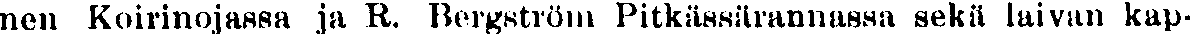
nen Koirinojassa ja R. Bergström Pitkässärannassa sekä laivan kap-